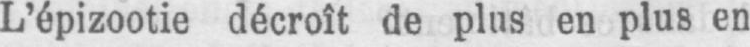
L’épizootie décroît de plus en plus en